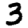
Digit: 3